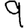
Digit: 9